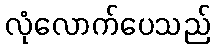
လုံလောက်ပေသည်